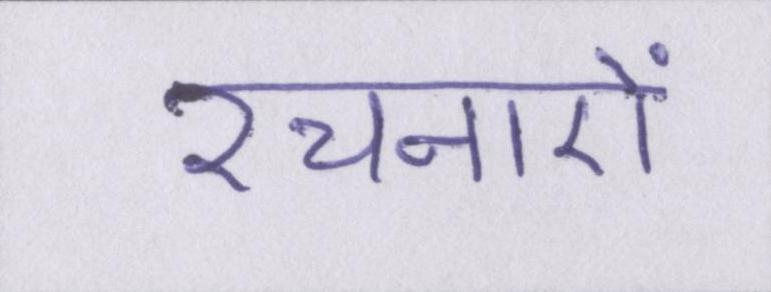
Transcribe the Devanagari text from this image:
रचनाऐं